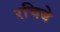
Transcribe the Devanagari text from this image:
रचिबे